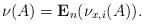
LaTeX: \begin{align*}\nu(A)=\mathbf{E}_{n}(\nu_{x,i}(A)).\end{align*}